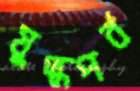
যুদ্ধপর্ব